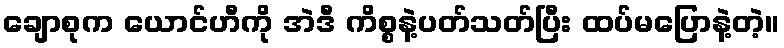
ချောစုက ယောင်ဟီကို အဲဒီ ကိစ္စနဲ့ပတ်သတ်ပြီး ထပ်မပြောနဲ့တဲ့။